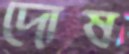
দোষ